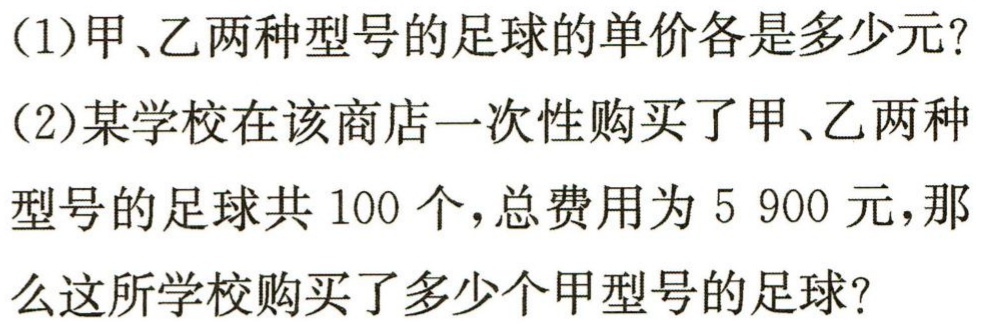
(1)甲、乙两种型号的足球的单价各是多少元?

(2)某学校在该商店一次性购买了甲、乙两种型号的足球共$100$个,总费用为$5 900$元,那么这所学校购买了多少个甲型号的足球?